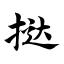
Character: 挞